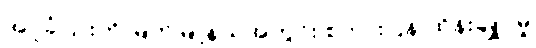
အပူခံပြားကို မြိတ်မြို့နယ်အတွင်း စကားပြန် ထိန်းချူပ်မှု